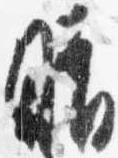
晴